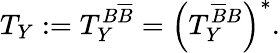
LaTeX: T_{Y}:=T_{Y}^{B\overline{{B}}}=\left(T_{Y}^{\overline{{B}}B}\right)^{*}.